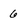
Character: 6